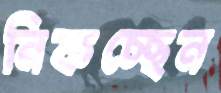
নিকচ্ছেন